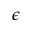
\epsilon